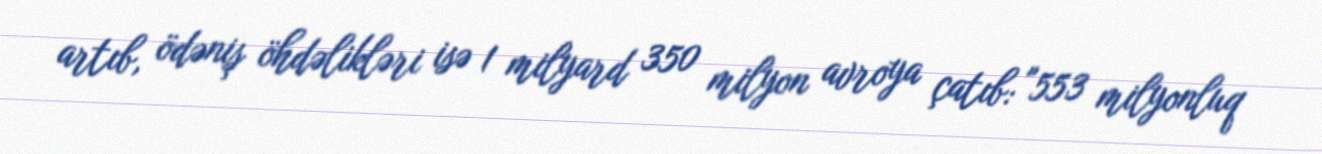
artıb, ödəniş öhdəlikləri isə 1 milyard 350 milyon avroya çatıb: "553 milyonluq